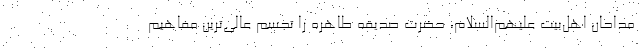
مداحان اهل‌بیت علیهم‌السلام، حضرت صدیقه طاهره را تجسم عالی‌ترین مفاهیم